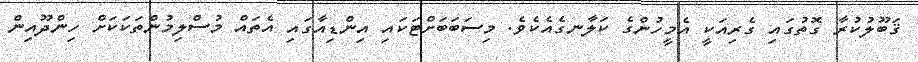
ޤަބޫލުކުރާ ގޮތުގައި ގެރިއަކީ އެމީހުންގެ ކަލާނގެއެކެވެ. މިސަބަބަށްޓަކައި އިންޑިއާގައި އެތައް މުސްލިމުންތަކަކަށް ހިންދޫއިން